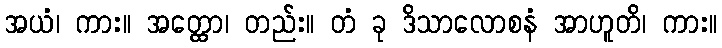
အယံ၊ ကား။ အတ္ထော၊ တည်း။ တံ ခု ဒိသာလောစနံ အာဟူတိ၊ ကား။